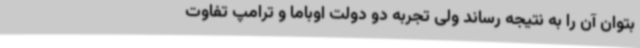
بتوان آن را به نتیجه رساند ولی تجربه دو دولت اوباما و ترامپ تفاوت